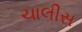
ચાલીસ